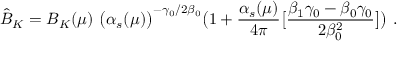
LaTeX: \hat { B } _ { K } = B _ { K } ( \mu ) \ \big ( \alpha _ { s } ( \mu ) \big ) ^ { - \gamma _ { 0 } / 2 \beta _ { 0 } } \big ( 1 + { \frac { \alpha _ { s } ( \mu ) } { 4 \pi } } \big [ { \frac { \beta _ { 1 } \gamma _ { 0 } - \beta _ { 0 } \gamma _ { 0 } } { 2 \beta _ { 0 } ^ { 2 } } } \big ] \big ) \ .